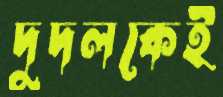
দুদলকেই